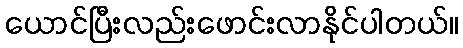
ယောင်ပြီးလည်းဖောင်းလာနိုင်ပါတယ်။